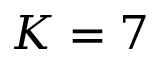
K = 7